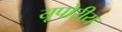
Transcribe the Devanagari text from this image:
यूपोरीय